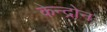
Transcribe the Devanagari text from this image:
केन्द्रोन